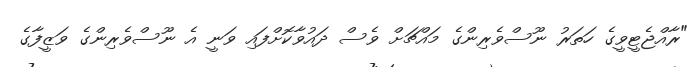
"ރާއްޖެޓީވީގެ ހަތަރު ނޫސްވެރިންގެ މައްޗަށް ވެސް ދައުވާކޮށްފައި ވަނީ އެ ނޫސްވެރިންގެ ވަޒީފާގެ